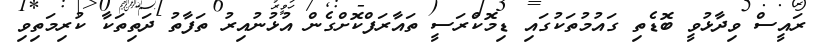
ރައީސް ވިދާޅުވީ ބޮޑެތި ގައުމުތަކުގައި ޑިމޮކްރަސީ ތައާރަފްކޮށްގެން އުޅުނުއިރު ތަފާތު ދަތިތަކާ ކުރިމަތިވި